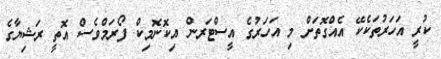
ކުރީ އަހަރުތަކެކޭ އެއްގޮތަށް މި އަހަރުގެ އީސްޓަރން އިކޮނޮމިކް ފޯރަމްވެސް އޮތީ ރަޝިޔާގެ